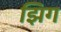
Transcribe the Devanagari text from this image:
झिग